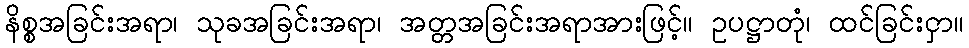
နိစ္စအခြင်းအရာ၊ သုခအခြင်းအရာ၊ အတ္တအခြင်းအရာအားဖြင့်။ ဥပဋ္ဌာတုံ၊ ထင်ခြင်းငှာ။